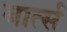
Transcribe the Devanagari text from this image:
बार्त्स